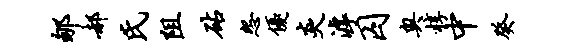
郇郝氏阻砧怨优炎滹囚奥椁中癸